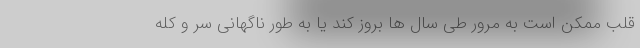
قلب ممکن است به مرور طی سال ها بروز کند یا به طور ناگهانی سر و کله